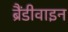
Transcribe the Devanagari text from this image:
ब्रैंडीवाइन